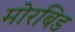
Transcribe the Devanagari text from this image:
मोरबिड